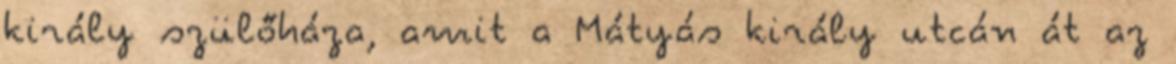
király szülőháza, amit a Mátyás király utcán át az